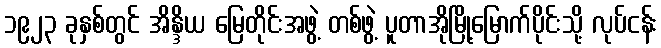
၁၉၂၃ ခုနှစ်တွင် အိန္ဒိယ မြေတိုင်းအဖွဲ့ တစ်ဖွဲ့ ပူတာအိုမြို့မြောက်ပိုင်းသို့ လုပ်ငန်း